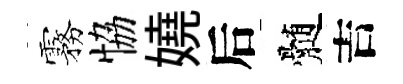
霧恊嬈后髄吉